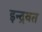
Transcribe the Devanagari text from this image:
इन्द्रवत